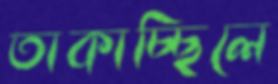
তাকাচ্ছিলে